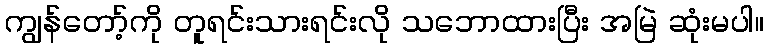
ကျွန်တော့်ကို တူရင်းသားရင်းလို သဘောထားပြီး အမြဲ ဆုံးမပါ။